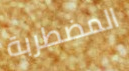
المضطربة